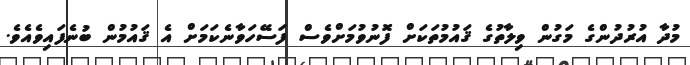
މުދާ އުރުދުންގެ މަގުން ވިލާތުގެ ޤައުމުތަކަށް ފޮނުވުމަށްވެސް ފަސޭހަވާނެކަމަށް އެ ޤައުމުން ބުނެފައިވެއެވެ.